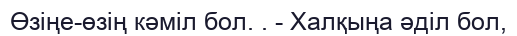
Өзіңе-өзің кәміл бол. . - Халқыңа әділ бол,